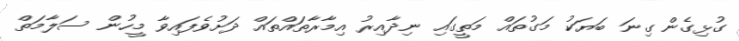
ގުޅިގެން ގިނަ ބަޔަކު މަގުތައް މަތީގައި ނިދާއިރު އިމާރާތައްތައް ދަށުވެފައިވާ މީހުން ސަލާމަތް